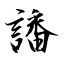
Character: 譒